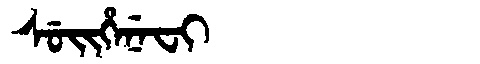
Manchu: ᠰᡠᡳᡥᡝᠨᡝᠸᡳ
Romanization: SUIHENEFI